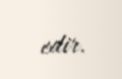
edir.